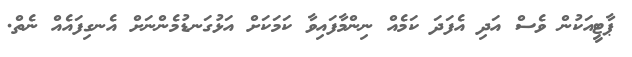
ޕާޓީއަކުން ވެސް އަދި އެފަދަ ކަމެއް ނިންމާފައިވާ ކަމަކަށް އަޅުގަނޑުމެންނަށް އެނގިފައެއް ނެތް.